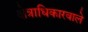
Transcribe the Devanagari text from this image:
क्षेत्राधिकारवाले